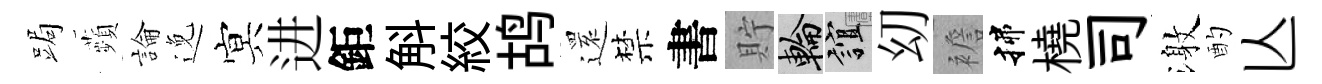
跼蘋論𨓜㝠进鉅斛絞鸪𮟃禁書貯輪誼㓜襜揲橈司激酌亾